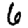
Digit: 6